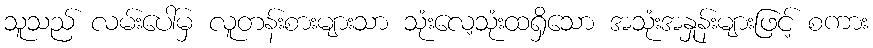
သူသည် လမ်းပေါ်မှ လူတန်းစားများသာ သုံးလေ့သုံးထရှိသော အသုံးအနှုန်းများဖြင့် စကား